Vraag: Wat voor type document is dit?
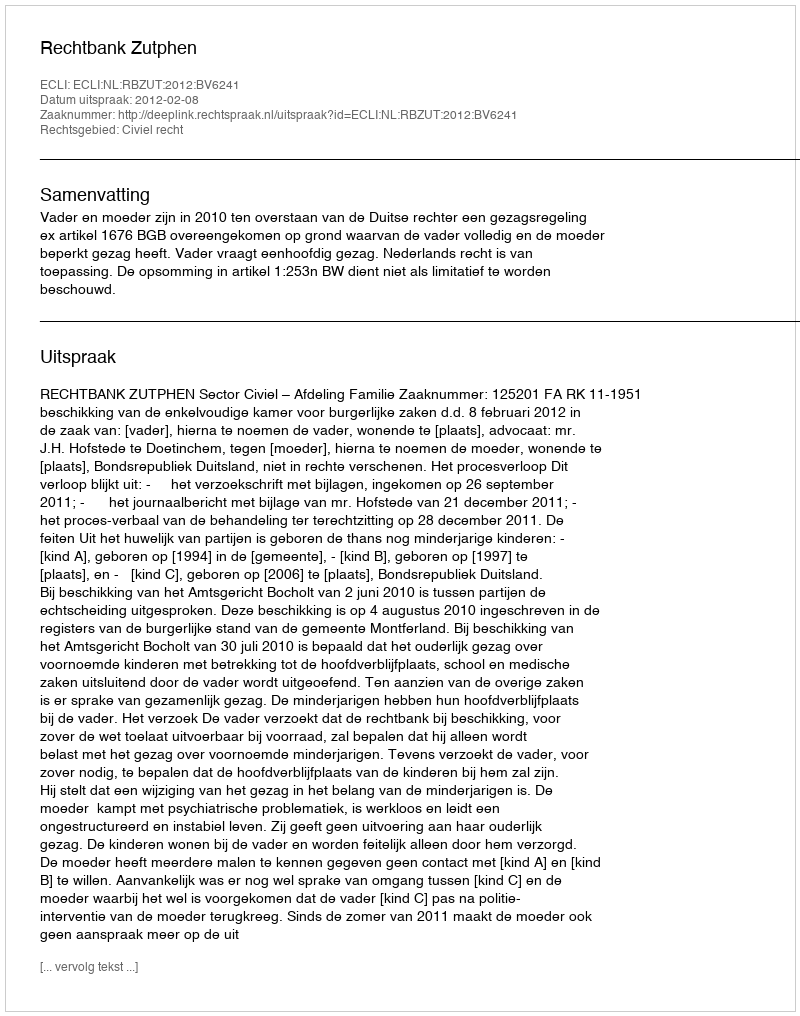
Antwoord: Uitspraak